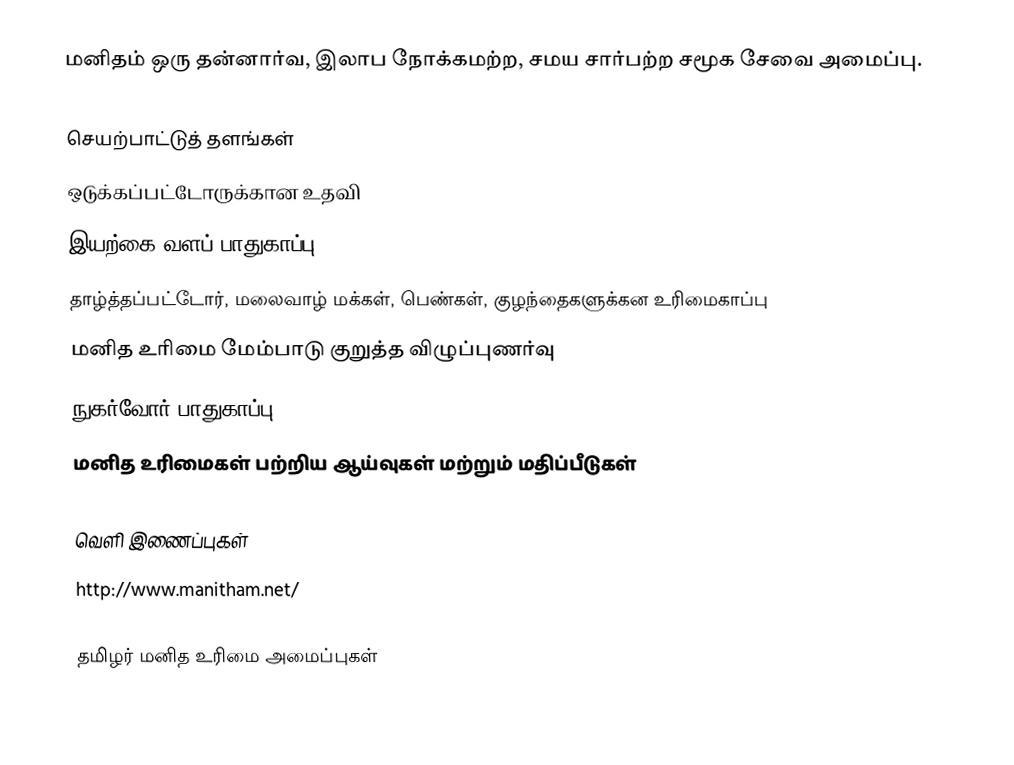
மனிதம் ஒரு தன்னார்வ, இலாப நோக்கமற்ற, சமய சார்பற்ற சமூக சேவை அமைப்பு.

செயற்பாட்டுத் தளங்கள்
 ஒடுக்கப்பட்டோருக்கான உதவி
 இயற்கை வளப் பாதுகாப்பு
 தாழ்த்தப்பட்டோர், மலைவாழ் மக்கள், பெண்கள், குழந்தைகளுக்கன உரிமைகாப்பு
 மனித உரிமை மேம்பாடு குறுத்த விழுப்புணர்வு
 நுகர்வோர் பாதுகாப்பு
 மனித உரிமைகள் பற்றிய ஆய்வுகள் மற்றும் மதிப்பீடுகள்

வெளி இணைப்புகள்
 http://www.manitham.net/

தமிழர் மனித உரிமை அமைப்புகள்